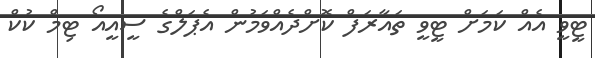
ޓީވީ އެއް ކަމަށް ޓީވީ ތައާރަފް ކޮށްދެއްވަމުން އެޕަލްގެ ސީއީއޯ ޓިމް ކުކް